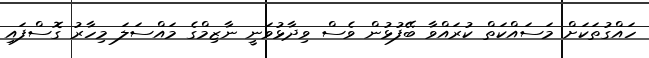
ހައްގުތަކަށް މަސައްކަތް ކުރައްވާ ބޭފުޅުން ވެސް ވިދާޅުވަނީ ނާޒިމްގެ މައްސަލަ މިހާރު ގޮސްފައި